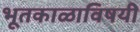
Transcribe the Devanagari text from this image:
भूतकाळाविषयी